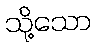
သို့သော